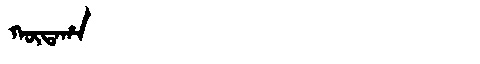
Manchu: ᡴᡡᡨᠠᡥᠠ
Romanization: KŪTAHA